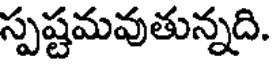
స్పష్టమవుతున్నది.